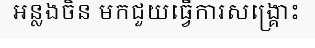
អន្លងចិន មកជួយធ្វើការសង្គ្រោះ